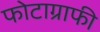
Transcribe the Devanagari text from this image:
फोटाग्राफी